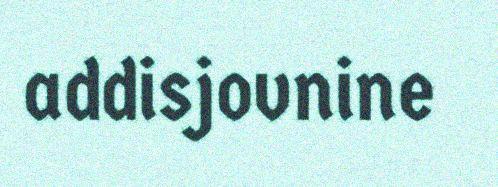
addisjovnine